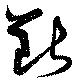
断